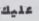
عليك